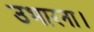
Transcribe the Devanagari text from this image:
उभारना।